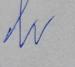
Signature authenticity: forged